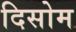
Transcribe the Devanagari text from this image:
दिसोम